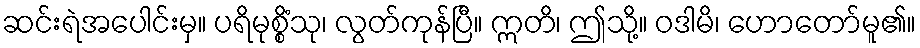
ဆင်းရဲအပေါင်းမှ။ ပရိမုစ္စိံသု၊ လွတ်ကုန်ပြီ။ ဣတိ၊ ဤသို့။ ဝဒါမိ၊ ဟောတော်မူ၏။